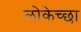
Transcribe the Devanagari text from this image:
लोकेच्छा